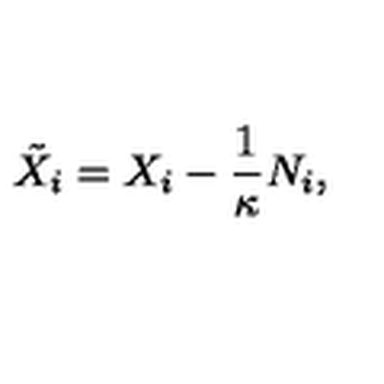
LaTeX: \tilde { X } _ { i } = X _ { i } - \frac 1 \kappa N _ { i } ,